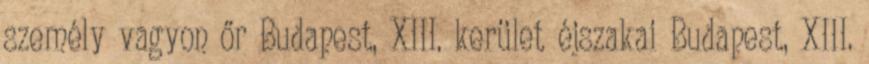
személy vagyon őr Budapest, XIII. kerület éjszakai Budapest, XIII.